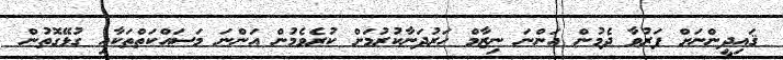
ޤައިދީންނަށް ފަރުވާ ދެމުން އަންނަ ނިޒާމް ހަރުދަނާކުރުމަށް ކުރެވެމުން އަންނަ މަސައްކަތްތަކާއި ގުޅޭގޮތުން